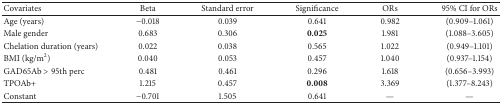
| Covariates | Beta | Standard error | Significance | ORs | 95% CI for ORs |
 | --- | --- | --- | --- | --- | --- |
 | Age (years) | −0.018 | 0.039 | 0.641 | 0.982 | (0.909–1.061) |
 | Male gender | 0.683 | 0.306 | 0.025 | 1.981 | (1.088–3.605) |
 | Chelation duration (years) | 0.022 | 0.038 | 0.565 | 1.022 | (0.949–1.101) |
 | BMI (kg/m2) | 0.040 | 0.053 | 0.457 | 1.040 | (0.937–1.154) |
 | GAD65Ab > 95th perc | 0.481 | 0.461 | 0.296 | 1.618 | (0.656–3.993) |
 | TPOAb+ | 1.215 | 0.457 | 0.008 | 3.369 | (1.377–8.243) |
 | Constant | −0.701 | 1.505 | 0.641 | — | — |